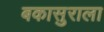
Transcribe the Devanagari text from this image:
बकासुराला